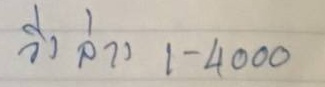
วิ่ง ล่าง 1 - 4000